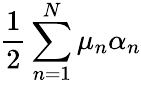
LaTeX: \frac{1}{2}\sum_{n=1}^{N}\mu_{n}\alpha_{n}